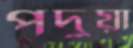
পদুয়া